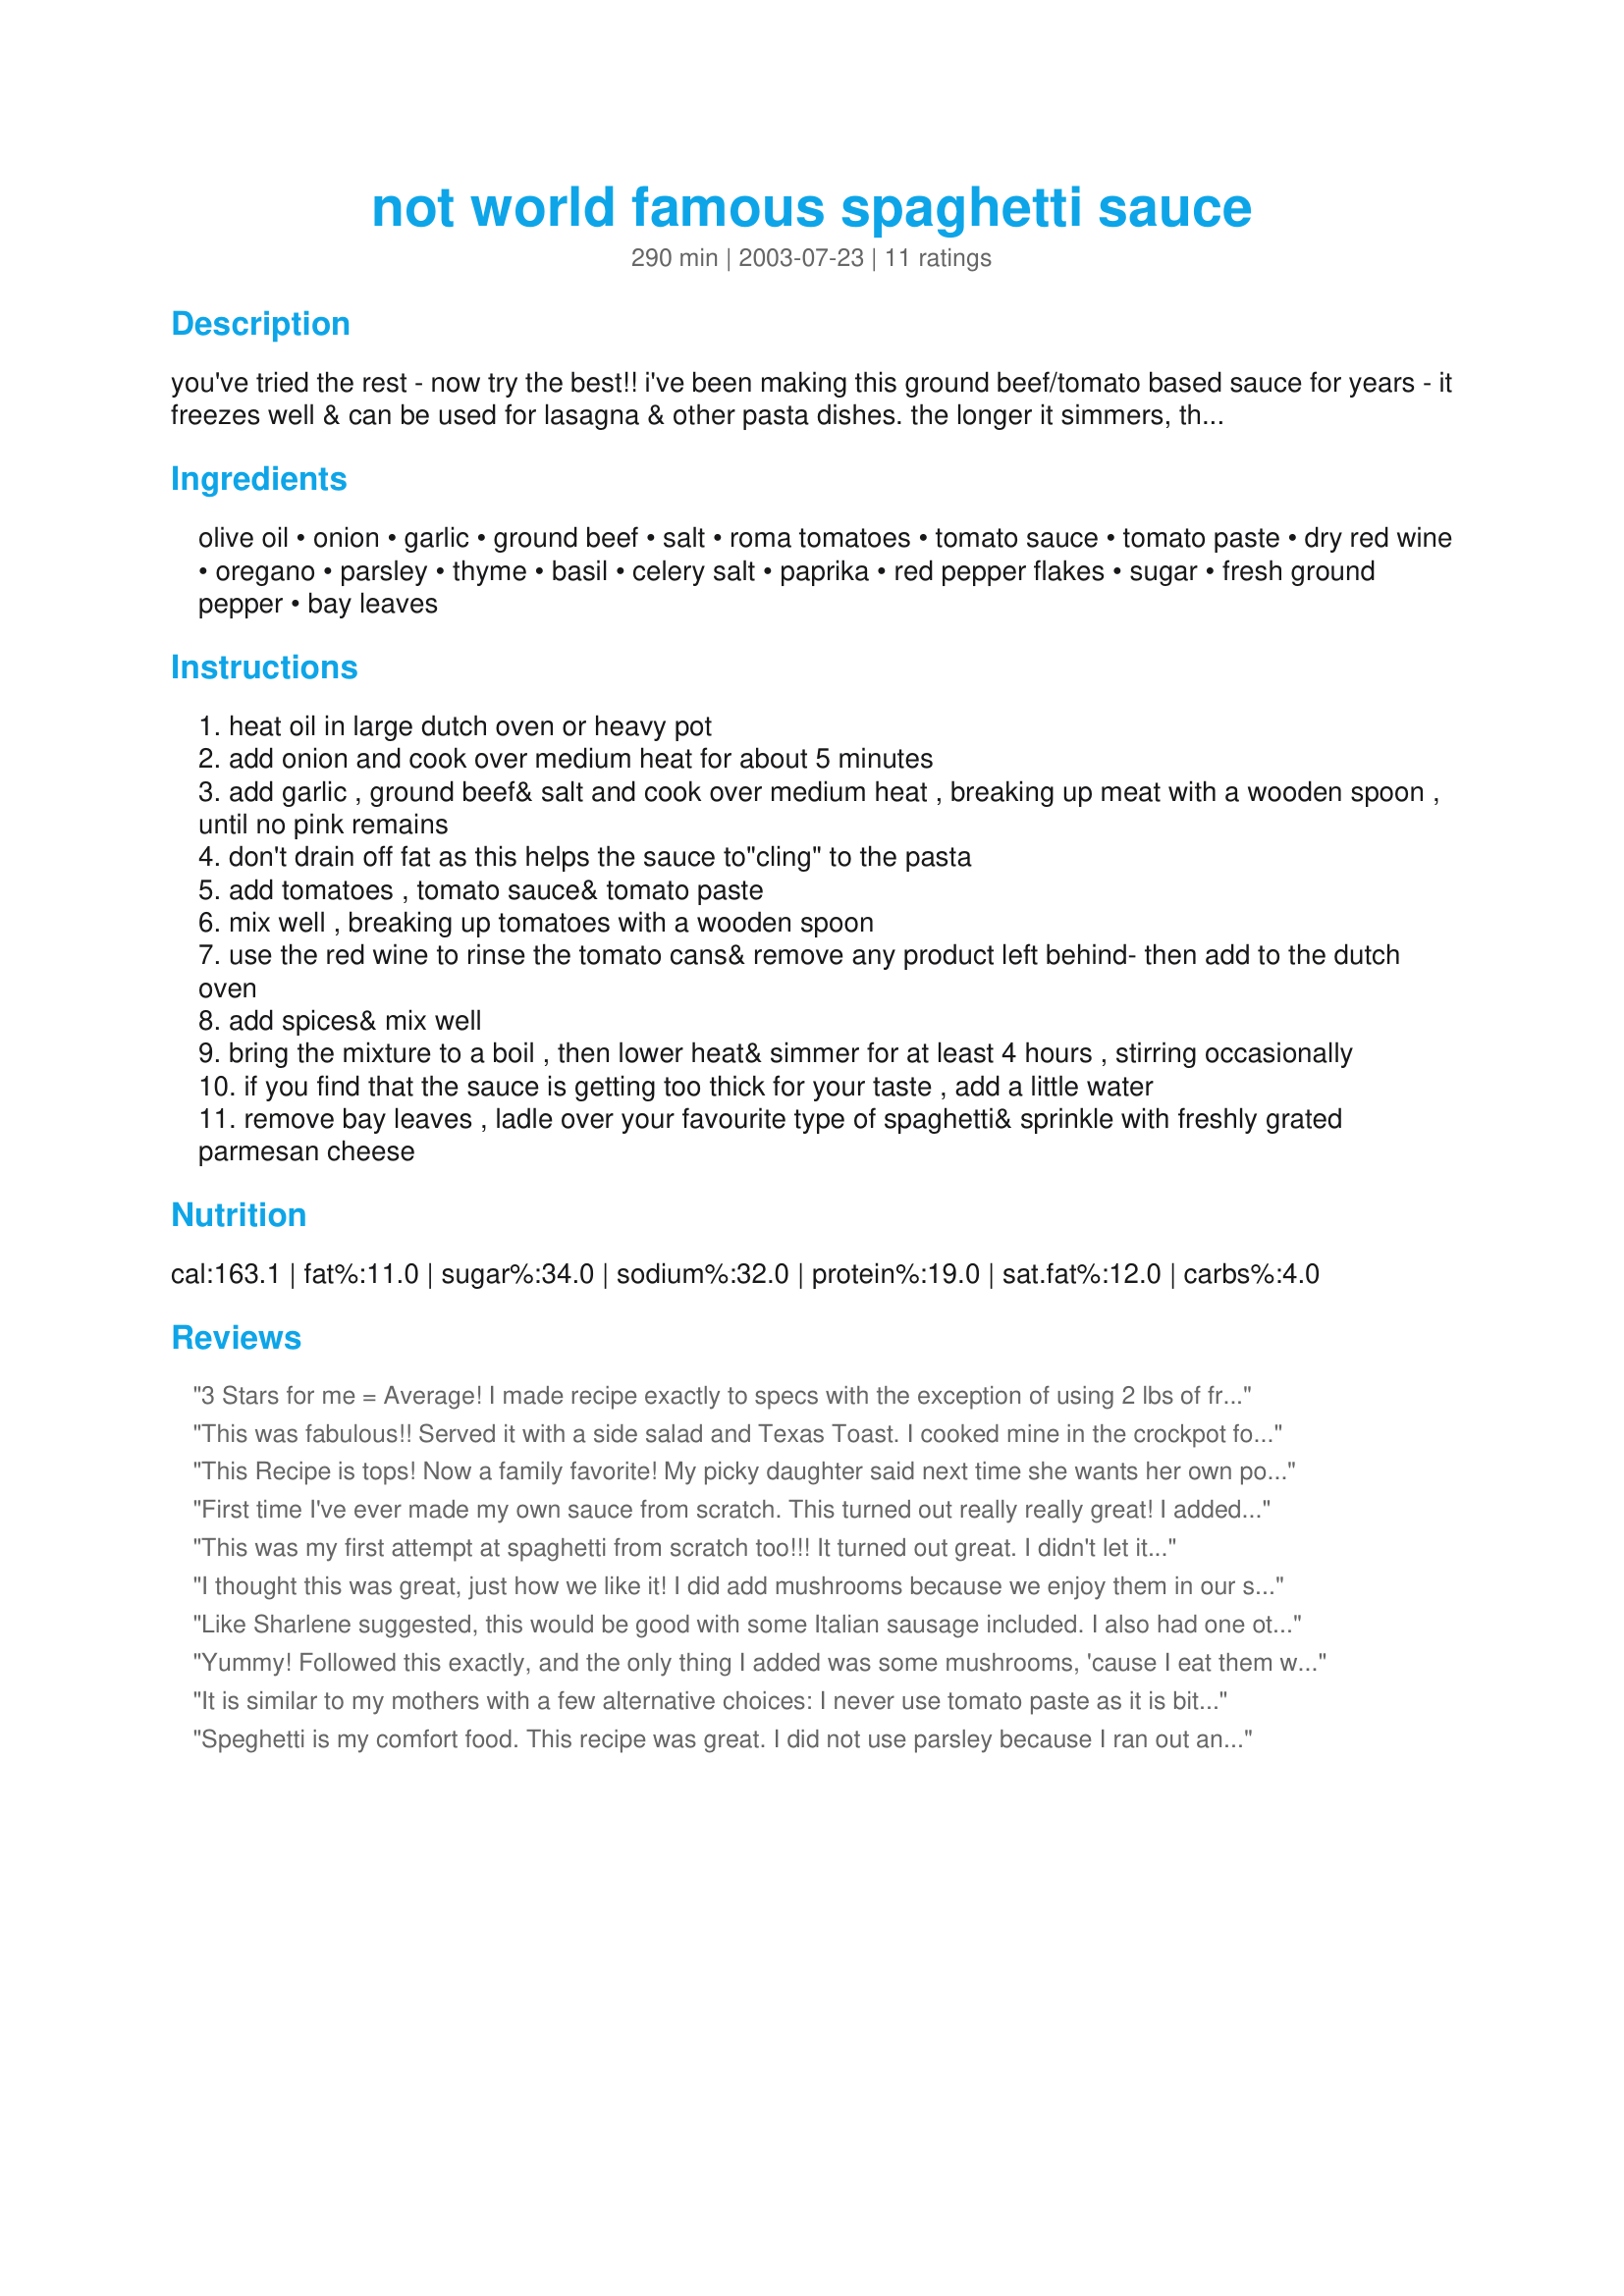
not world famous spaghetti sauce
Preparation time: 290 minutes

you've tried the rest - now try the best!! i've been making this ground beef/tomato based sauce for years - it freezes well & can be used for lasagna & other pasta dishes. the longer it simmers, the better it tastes. since i don't measure the spices, i've estimated in order to share the recipe - but feel free to alter according to your own tastes. a little more red wine can't hurt either!!

Ingredients:
olive oil, onion, garlic, ground beef, salt, roma tomatoes, tomato sauce, tomato paste, dry red wine, oregano, parsley, thyme, basil, celery salt, paprika, red pepper flakes, sugar, fresh ground pepper, bay leaves

Steps:
heat oil in large dutch oven or heavy pot
add onion and cook over medium heat for about 5 minutes
add garlic , ground beef& salt and cook over medium heat , breaking up meat with a wooden spoon , until no pink remains
don't drain off fat as this helps the sauce to"cling" to the pasta
add tomatoes , tomato sauce& tomato paste
mix well , breaking up tomatoes with a wooden spoon
use the red wine to rinse the tomato cans& remove any product left behind- then add to the dutch oven
add spices& mix well
bring the mixture to a boil , then lower heat& simmer for at least 4 hours , stirring occasionally
if you find that the sauce is getting too thick for your taste , add a little water
remove bay leaves , ladle over your favourite type of spaghetti& sprinkle with freshly grated parmesan cheese

Reviews:
3 Stars for me = Average! I made recipe exactly to specs with the exception of using 2 lbs of frozen tomatoes from my summer garden. I felt this recipe was too salty and acidic to earn above a 3. However serves as a good base to create a good sauce. Like the creator says, modify it to your taste. If I made this again, I would do like others suggested. I would recommend to cut the celery salt and replace with fresh chopped celery. 2ndly I would eliminate the tomato paste, or just add 1 can and a bit more sugar to cut the high acidity which verges the recipe on the bitter side.
This was fabulous!! Served it with a side salad and Texas Toast. I cooked mine in the crockpot for 6 hours on low. Thanks for posting!
This Recipe is tops! Now a family favorite! My picky daughter said next time she wants her own pot full all to herself! My husband even liked it and he hates spaghetti! Thanks again! Texancook'r
First time I've ever made my own sauce from scratch. This turned out really really great! I added the mushrooms too and they were great. It's hard to just eat a little of this, it's so good. Thanks!
This was my first attempt at spaghetti from scratch too!!! It turned out great. I didn't let it simmer for 4 hours, but turned out well anyway.

Thanks a million!!!
I thought this was great, just how we like it! I did add mushrooms because we enjoy them in our sauce, and added 1/2 cup of chopped celery instead of the celery salt.Cooked in a regular pot, for the full 4 hrs, wasn't too thick, just perfect.
Like Sharlene suggested, this would be good with some Italian sausage included. I also had one other (small) problem, I don't like V8 veggie juice, and the teaspoon of celery salt gave it a fair hint of that. If you like it, you'll probably LOVE this spaghetti sauce. Russell loved this sauce thank you CL.
Yummy! Followed this exactly, and the only thing I added was some mushrooms, 'cause I eat them with most everything. I did have to add water a couple of times, and I've now got a really good batch of spaghetti sauce to enjoy. Thanks!
It is similar to my mothers with a few alternative choices: I never use tomato paste as it is bitter.I use tomato puree,but like paste,it needs to cook awhile.If the sauce is thin,add some grated cheese.It will thicken it up .My mother never added wine,but I like it,especially if poultry is added.
Speghetti is my comfort food. This recipe was great. I did not use parsley because I ran out and it still tasted great. It was salty, spicy and hit the spot. I made the full recipe even though it is only me in hubby in the house. So I can have some handy in the fridge for when I am to lazy to cook this week. I am still working on the wine as we speak. With it only using a half cup of red wine it gives me time and the rest of the bottle to... relax during the 4 hour simmer. Thanks a bunch :)
I guess I am used to spaghetti sauce with Italian sausage. I thought it tasted better with elbow macaroni topped with cheddar cheese than with spaghetti noodles. I would try it again with Italian sausage.
